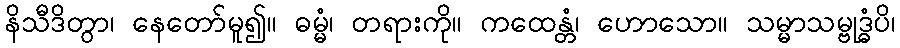
နိသီဒိတွာ၊ နေတော်မူ၍။ ဓမ္မံ၊ တရားကို။ ကထေန္တံ၊ ဟောသော။ သမ္မာသမ္ဗုဒ္ဓံပိ၊